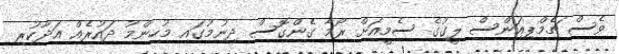
ވެސް ޗެމްޕިއަންސް ލީގުގެ ސެމީއަށް ރޯމާ ގެންގޮސް ދިނުމުގައި މުހިންމު ދައުރެއް އަދާކުރި